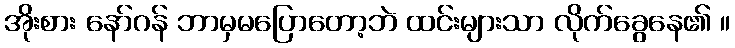
အိုးစား နော်ဂန် ဘာမှမပြောတော့ဘဲ ထင်းများသာ လိုက်ခွေနေ၏ ။